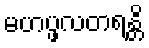
မဟပ္ဖလတရန္တိ